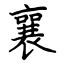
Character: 襄